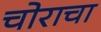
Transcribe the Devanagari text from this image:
चोराचा